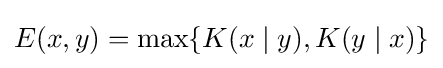
E(x,y)=\max\{K(x\mid y),K(y\mid x)\}